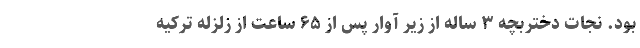
بود. نجات دختربچه ۳ ساله از زیر آوار پس از ۶۵ ساعت از زلزله ترکیه